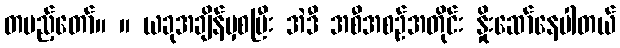
တပည့်တော်။ ။ ယခုအချိန်မှစပြီး အဲဒီ အစီအစဉ်အတိုင်း နှိုးဆော်နေပါတယ်